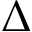
\Delta